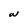
Character: W